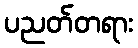
ပညတ်တရား